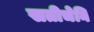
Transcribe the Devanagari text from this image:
सतीचेनि